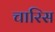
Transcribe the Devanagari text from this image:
चारिस